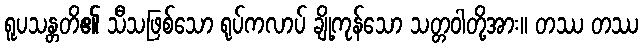
ရူပသန္တတိ၏ သီသဖြစ်သော ရုပ်ကလာပ် ချို့ကုန်သော သတ္တဝါတို့အား။ တဿ တဿ